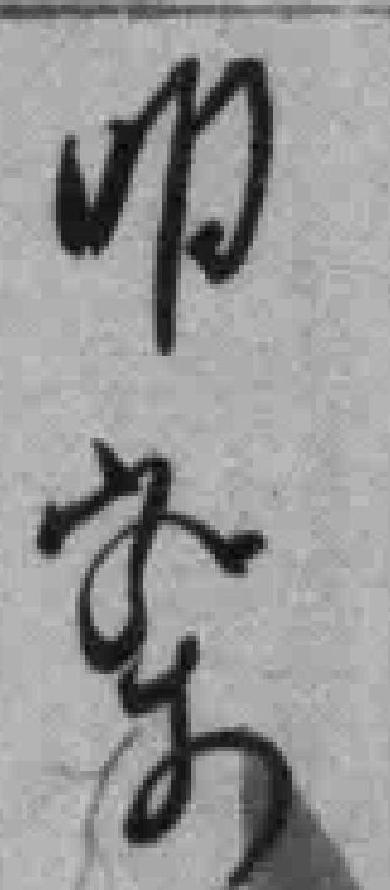
明察